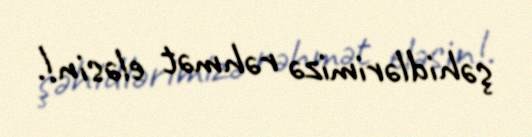
şəhidlərimizə rəhmət eləsin!.